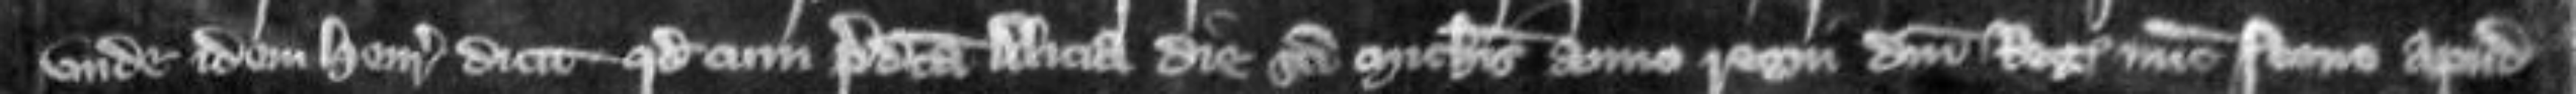
unde idem Henricus dicit quod cum predicta Alicia die Sancti Michaelis anno regni domini regis nunc nono apud